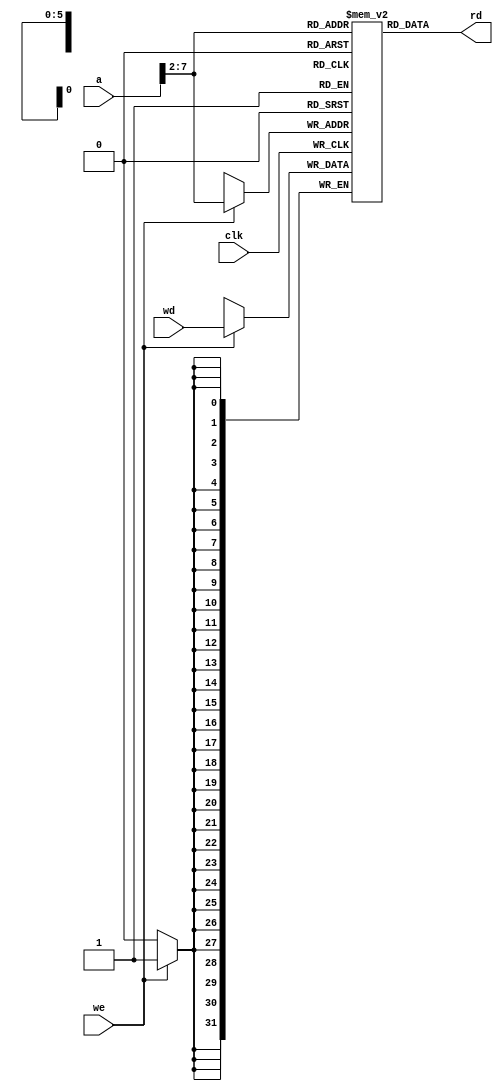
module dmem(input wire clk, we,
	input wire [31:0] a, wd,
	output wire [31:0] rd);
	reg [31:0] RAM[63:0];
assign rd = RAM[a[31:2]]; // word aligned
	always @(posedge clk)
	if (we) RAM[a[31:2]] <= wd;
endmodule